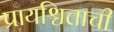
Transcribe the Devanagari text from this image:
प्रायश्चित्ताची